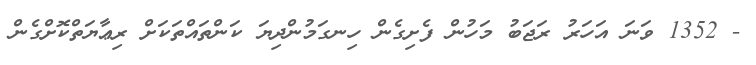
- 1352 ވަނަ އަހަރު ރަޖަބު މަހުން ފެށިގެން ހިނގަމުންދިޔަ ކަންތައްތަކަށް ރިޢާޔަތްކޮށްގެން